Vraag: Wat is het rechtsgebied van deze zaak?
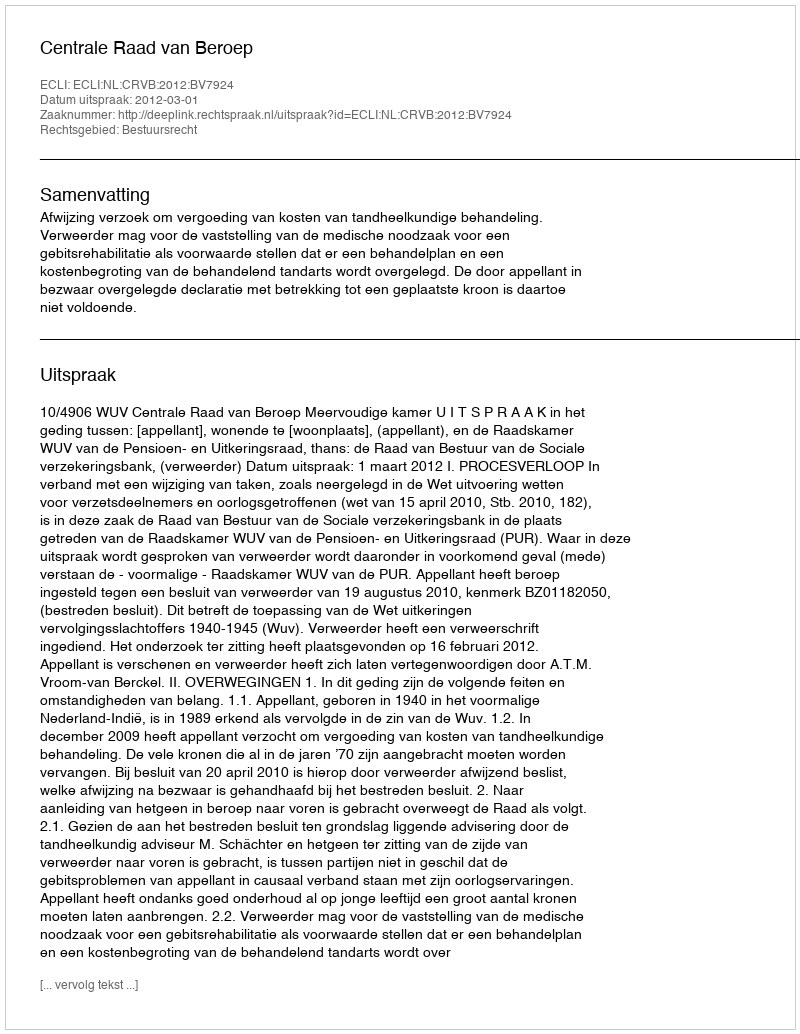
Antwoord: Bestuursrecht